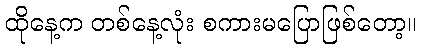
ထိုနေ့က တစ်နေ့လုံး စကားမပြောဖြစ်တော့။